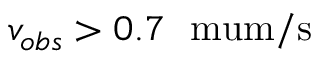
v _ { o b s } > 0 . 7 \ \mathrm { \ m u m / s }